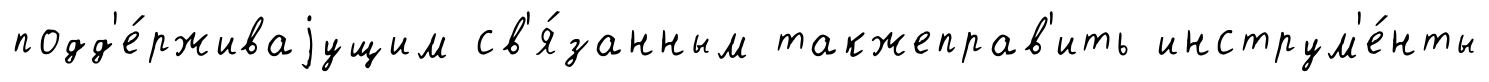
подд'е́рживаjущим св'я́занным такжеправ'ить инструм'е́нты